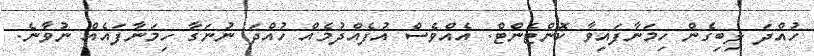
ހުއްދަ ލިބިގެން ހިމަނާފައިވާ ކޮންޓެންޓް. އެއްވެސް އުފެއްދުމެއް ހުއްދަ ނުނަގާ ހިމަނާފައެއް ނުވާނެ.